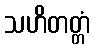
သဟိတတ္တံ